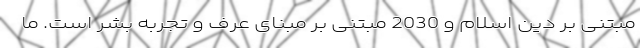
مبتنی بر دین اسلام و 2030 مبتنی بر مبنای عرف و تجربه بشر است. ما